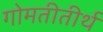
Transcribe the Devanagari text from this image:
गोमतीतीर्थ